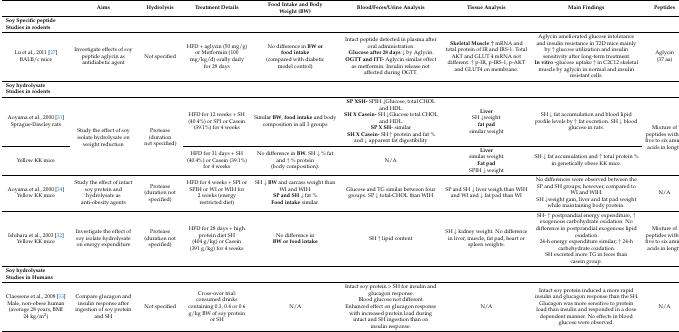
<table><thead><tr><td></td><td><b>Aims</b></td><td><b>Hydrolysis</b></td><td><b>Treatment Details</b></td><td><b>Food Intake and Body Weight (BW)</b></td><td><b>Blood/Feces/Urine Analysis</b></td><td><b>Tissue Analysis</b></td><td><b>Main Findings</b></td><td><b>Peptides</b></td></tr></thead><tbody><tr><td colspan="9"><b>Soy Specific peptide</b><b>Studies in rodents</b></td></tr><tr><td>Lu et al., 2011[27]BALB/c mice</td><td>Investigate effects of soy peptide aglycin as antidiabetic agent</td><td>Not specified</td><td>HFD + aglycin (50 mg/g) or Metformin (100 mg/kg/d) orally daily for 28 days</td><td>No difference in <b>BW or food intake</b>(compared with diabetic model control)</td><td>Intact peptide detected in plasma after oral administration.<b>Glucose after 28 days</b> ↓ by Aglycin.<b>OGTT and ITT-</b> Aglycin similar effect as metformin. Insulin release not affected during OGTT.</td><td><b>Skeletal Muscle ↑</b> mRNA and total protein of IR and IRS-1. Total AKT and GLUT 4 mRNA not different. ↑ p-IR, p-IRS-1, p-AKT and GLUT4 on membrane.</td><td>Aglycin ameliorated glucose intolerance and insulin resistance in T2D mice mainly by ↑ glucose utilization and insulin sensitivity after long-term treatment.<b>In vitro <i>-</i></b>glucose uptake ↑ in C2C12 skeletal muscle by aglycin in normal and insulin resistant cells.</td><td>Aglycin(37 aa)</td></tr><tr><td colspan="9"><b>Soy hydrolysate</b><b>Studies in rodents</b></td></tr><tr><td>Aoyama et al., 2000[31]Sprague-Dawley rats</td><td rowspan="2">Study the effect of soy isolate hydrolysate on weight reduction</td><td rowspan="2">Protease (duration not specified)</td><td>HFD for 12 weeks + SH (40.4%) or SPI or Casein (39.1%) for 4 weeks</td><td>Similar <b>BW</b>, <b>food intake</b> and body composition in all 3 groups</td><td><b>SP XSH-</b> SPIH ↓Glucose, total CHOL and HDL.<b>SH X Casein-</b> SH ↓Glucose total CHOL and HDL.<b>SP X SH</b>- similar<b>SH X Casein-</b> SH ↑ protein and fat % and ↓ apparent fat digestibility</td><td><b>Liver</b>SH ↓weight.<b>fat pad</b>similar weight</td><td>SH ↓ fat accumulation and blood lipid profile levels by ↑ fat excretion. SH ↓ blood glucose in rats.</td><td rowspan="2">Mixture of peptides within five to six amino acids in length</td></tr><tr><td>Yellow KK mice</td><td>HFD for 31 days + SH (40.4%) or Casein (39.1%) for 4 weeks</td><td>No difference in <b>BW.</b> SH ↓ % fat and ↑ % protein (body composition).</td><td>N/A</td><td><b>Liver</b>similar weight.<b>Fat pad</b>SPIH ↓ weight</td><td>SH ↓ fat accumulation and ↑ total protein % in genetically obese KK mice.</td></tr><tr><td>Aoyama et al., 2000[34]Yellow KK mice</td><td>Study the effect of intact soy protein and hydrolysate as anti-obesity agents</td><td>Protease (duration not specified)</td><td>HFD for 4 weeks + SPI or SPIH or WI or WIH for 2 weeks (energy restricted diet)</td><td>SH ↓ <b>BW</b> and carcass weight than WI and WIH.<b>SP and SH</b> ↓ fat %.<b>Food intake</b> similar.</td><td>Glucose and TG similar between four groups. SP ↓ total-CHOL than WIH</td><td>SP and SH ↓ liver weigh than WIH and WI and ↓ fat pad than WI</td><td>No differences were observed between the SP and SH groups; however, compared to WI and WIH.SH ↓weight gain, liver and fat pad weight while maintaining body protein.</td><td>N/A</td></tr><tr><td>Ishihara et al., 2003[32]Yellow KK mice</td><td>Investigate the effect of soy isolate hydrolysate on energy expenditure</td><td>Protease(duration not specified)</td><td>HFD for 28 days + high protein diet SH (404 g/kg) or Casein (391 g/kg) for 4 weeks</td><td>No difference in <b>BW or food intake</b></td><td>SH ↑ lipid content</td><td>SH ↓ kidney weight. No difference in liver, muscle, fat pad, heart or spleen weights.</td><td>SH- ↑ postprandial energy expenditure, ↑ exogenous carbohydrate oxidation. No difference in postprandial exogenous lipid oxidation.24-h energy expenditure similar; ↑ 24-h carbohydrate oxidation.SH excreted more TG in feces than casein group.</td><td>Mixture of peptides within five to six amino acids in length</td></tr><tr><td colspan="9"><b>Soy hydrolysate</b><b>Studies in Humans</b></td></tr><tr><td>Claessens et al., 2008[33]Male, non-obese human (average 28 years, BMI 24 kg/m<sup>2</sup>)</td><td>Compare glucagon and insulin response after ingestion of soy protein and SH</td><td>Not specified</td><td>Cross-over trial: consumed drinks containing 0.3, 0.4 or 0.6 g/kg BW of soy protein or SH</td><td>N/A</td><td>Intact soy protein &gt; SH for insulin and glucagon response.Blood glucose not different.Enhanced effect on glucagon response with increased protein load during intact and SH ingestion than on insulin response.</td><td>N/A</td><td>Intact soy protein induced a more rapid insulin and glucagon response than the SH.Glucagon was more sensitive to protein load than insulin and responded in a dose dependent manner. No effects in blood glucose were observed.</td><td>N/A</td></tr></tbody></table>